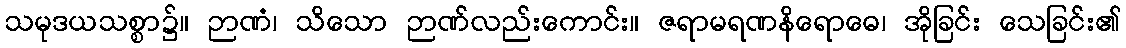
သမုဒယသစ္စာ၌။ ဉာဏံ၊ သိသော ဉာဏ်လည်းကောင်း။ ဇရာမရဏနိရောဓေ၊ အိုခြင်း သေခြင်း၏